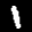
Label: 1